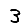
Digit: 3